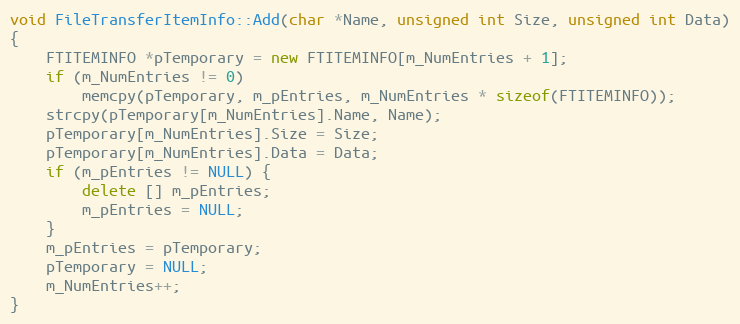
Language: C++
void FileTransferItemInfo::Add(char *Name, unsigned int Size, unsigned int Data)
{
	FTITEMINFO *pTemporary = new FTITEMINFO[m_NumEntries + 1];
	if (m_NumEntries != 0)
		memcpy(pTemporary, m_pEntries, m_NumEntries * sizeof(FTITEMINFO));
	strcpy(pTemporary[m_NumEntries].Name, Name);
	pTemporary[m_NumEntries].Size = Size;
	pTemporary[m_NumEntries].Data = Data;
	if (m_pEntries != NULL) {
		delete [] m_pEntries;
		m_pEntries = NULL;
	}
	m_pEntries = pTemporary;
	pTemporary = NULL;
	m_NumEntries++;
}